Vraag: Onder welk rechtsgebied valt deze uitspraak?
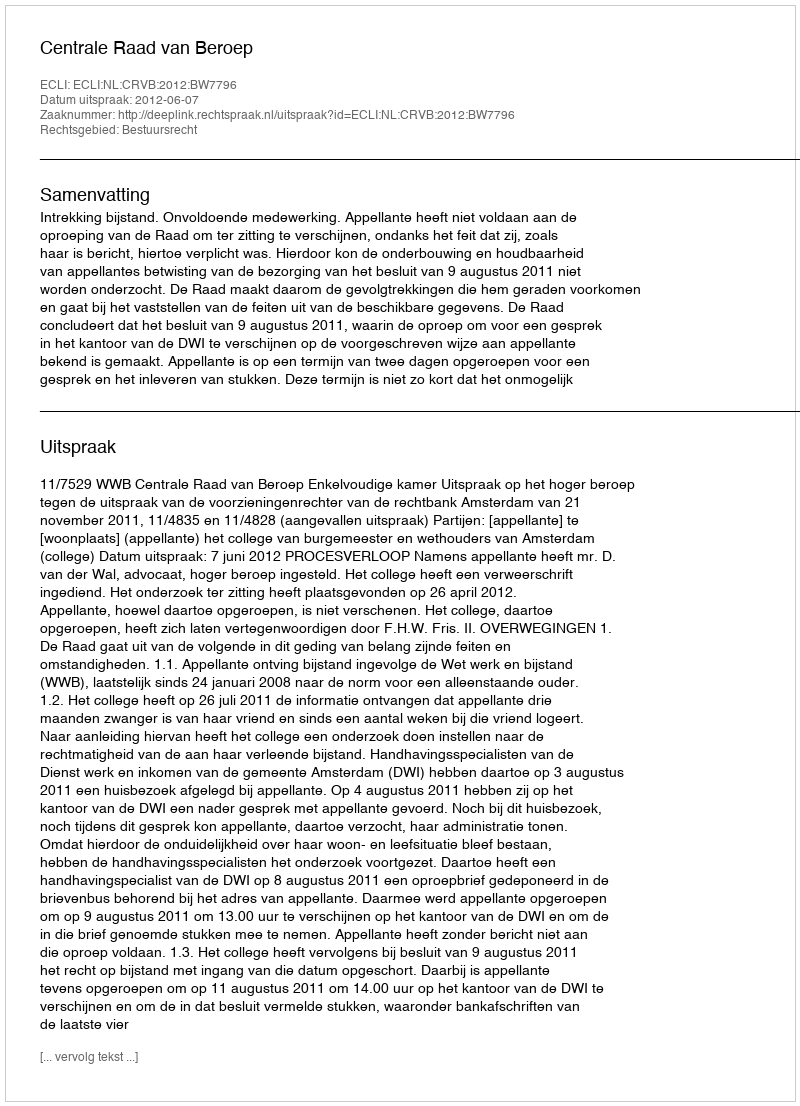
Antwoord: Bestuursrecht